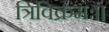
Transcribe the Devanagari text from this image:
त्रिविक्रमः।।